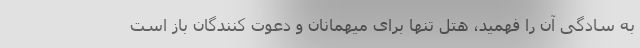
به سادگی آن را فهمید، هتل تنها برای میهمانان و دعوت کنندگان باز است